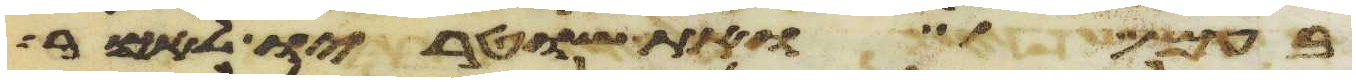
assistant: בעם ואת שוטריו לאמר